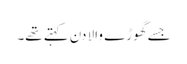
جسے گھوڑے والا دن کہتے تھے۔